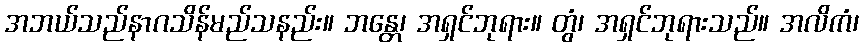
အဘယ်သည်နာဂသိန်မည်သနည်း။ ဘန္တေ၊ အရှင်ဘုရား။ တွံ၊ အရှင်ဘုရားသည်။ အလိကံ၊